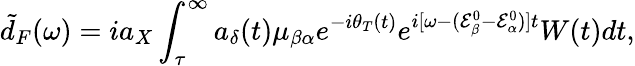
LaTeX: \tilde{d}_{F}(\omega)=ia_{X}\int_{\tau}^{\infty}a_{\delta}(t)\mu_{\beta\alpha}e^{-i\theta_{T}(t)}e^{i[\omega-(\mathcal{E}_{\beta}^{0}-\mathcal{E}_{\alpha}^{0})]t}W(t)dt,